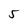
Character: 5